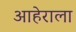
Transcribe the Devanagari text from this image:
आहेराला